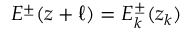
E ^ { \pm } ( z + \ell ) = E _ { k } ^ { \pm } ( z _ { k } )